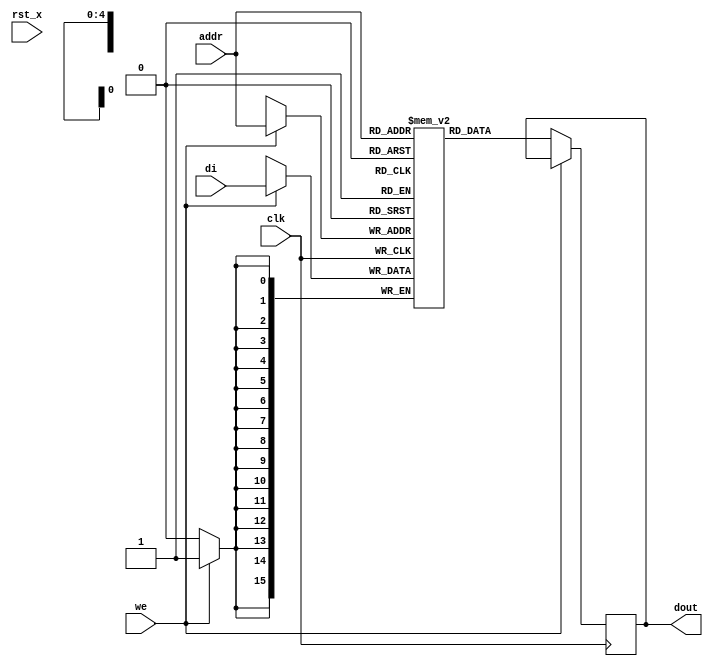
module bfloat16_rf # (
    parameter ADDR_WIDTH = 5,
    parameter DATA_WIDTH = 16
)(
  rst_x,
  clk, 
  we, 
  addr, 
  di, 
  dout
);

input rst_x;
input clk; 
input we;

input  [ADDR_WIDTH-1:0] addr; 
input  [DATA_WIDTH-1:0] di; 
output [DATA_WIDTH-1:0] dout;

reg [DATA_WIDTH-1:0] register_bfloat16 [(1<<ADDR_WIDTH)-1:0];
reg [DATA_WIDTH-1:0] dout;

always @(posedge clk) begin
    if (we)                 register_bfloat16[addr] <= di;
    else                    dout <= register_bfloat16[addr];
  end
endmodule